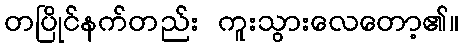
တပြိုင်နက်တည်း ကူးသွားလေတော့၏။